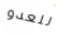
للعدو